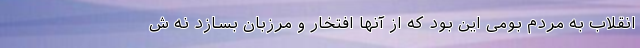
انقلاب به مردم بومی این بود که از آنها افتخار و مرزبان بسازد نه ش